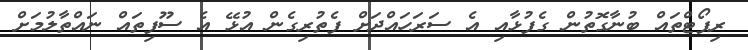
ރިޕޯޓްތައް ބުނާގޮތުން ގެފުޅާއި އެ ސަރަހައްދަށް ފެތުރިގެން އުޅޭ އެ ސޫފިތައް ނައްތާލުމަށް